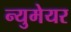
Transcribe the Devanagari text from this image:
न्युमेयर